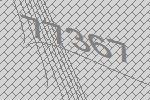
77367